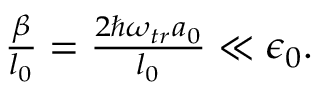
\begin{array} { r } { \frac { \beta } { l _ { 0 } } = \frac { 2 \hbar \omega _ { t r } a _ { 0 } } { l _ { 0 } } \ll \epsilon _ { 0 } . } \end{array}